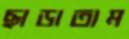
ছাড়াতাম